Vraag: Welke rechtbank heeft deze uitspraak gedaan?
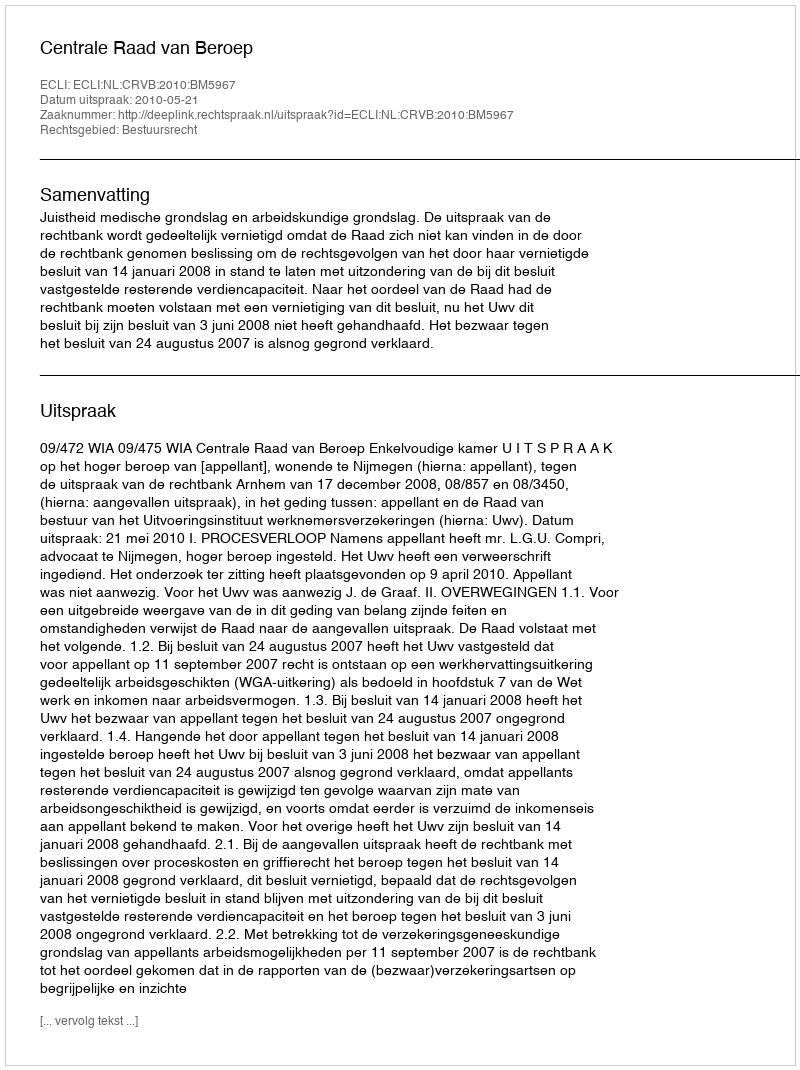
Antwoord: Centrale Raad van Beroep